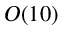
O ( 1 0 )